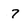
Character: 7